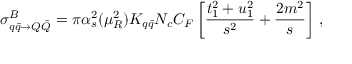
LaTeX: \sigma _ { q { \bar { q } } \rightarrow Q { \bar { Q } } } ^ { B } = \pi \alpha _ { s } ^ { 2 } ( \mu _ { R } ^ { 2 } ) K _ { q \bar { q } } N _ { c } C _ { F } \left[ \frac { t _ { 1 } ^ { 2 } + u _ { 1 } ^ { 2 } } { s ^ { 2 } } + \frac { 2 m ^ { 2 } } { s } \right] \, ,